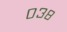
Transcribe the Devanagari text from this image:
०३८